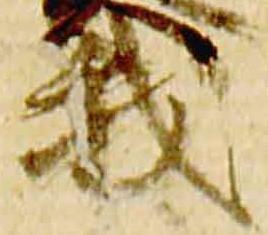
我